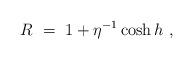
LaTeX: \begin{align*}R\ =\ 1 + \eta^{-1} \cosh h \ , \end{align*}